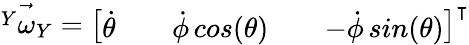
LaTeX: \vec{{^Y}\omega_{Y}}=\left[\begin{array}{lllll}{\dot{\theta}}&{}&{\dot{\phi}\, cos(\theta)}&{}&{-\dot{\phi}\, sin(\theta)}\end{array}\right]^{\intercal}{}